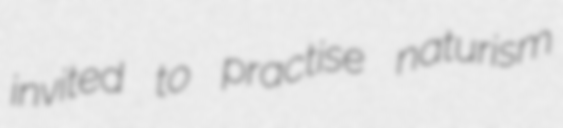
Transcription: invited to practise naturism